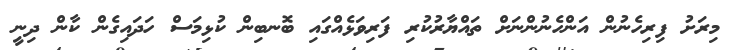
މިރަށު ފިރިހެނުން އަންހެނުންނަށް ތައްޔާރުކުރި ފަރިވަޅެއްގައި ބޮނބިން ކުޅިމަސް ހަދައިގެން ކާން ދިނީ